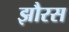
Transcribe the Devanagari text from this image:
झौरस